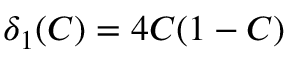
\displaystyle { \delta _ { 1 } ( C ) = 4 C ( 1 - C ) }